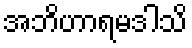
အဘိဟာရမဒါသိ